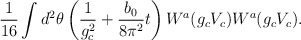
\begin{align*}\frac{1}{16} \int d^{2} \theta \left(\frac{1}{g_{c}^{2}} + \frac{b_{0}}{8\pi^{2}} t\right) W^a(g_{c} V_{c}) W^a(g_{c} V_{c}) .\end{align*}